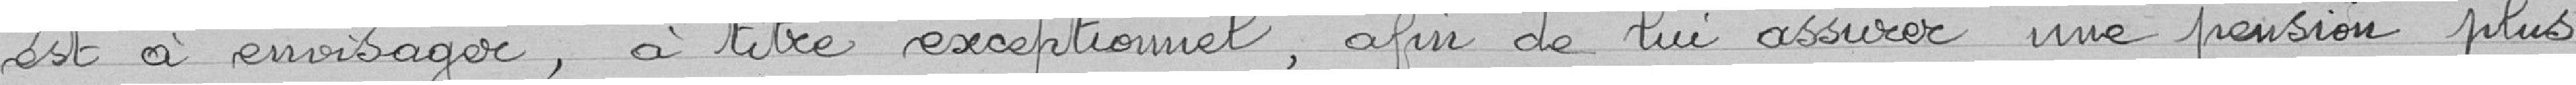
est à envisager, à titre exceptionnel, afin de lui assurer une pension plus